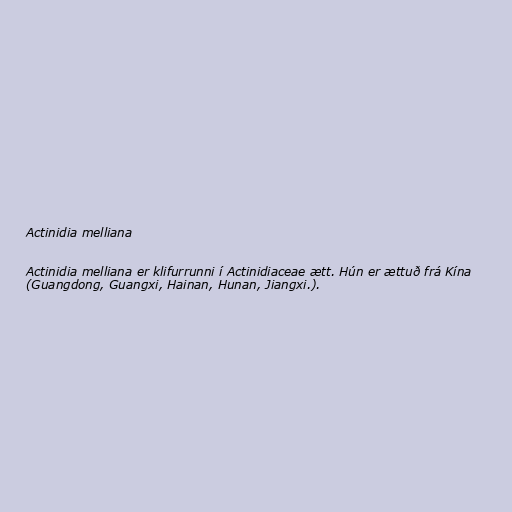
Actinidia melliana

Actinidia melliana er klifurrunni í Actinidiaceae ætt. Hún er ættuð frá Kína
(Guangdong, Guangxi, Hainan, Hunan, Jiangxi.).